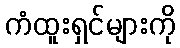
ကံထူးရှင်များကို